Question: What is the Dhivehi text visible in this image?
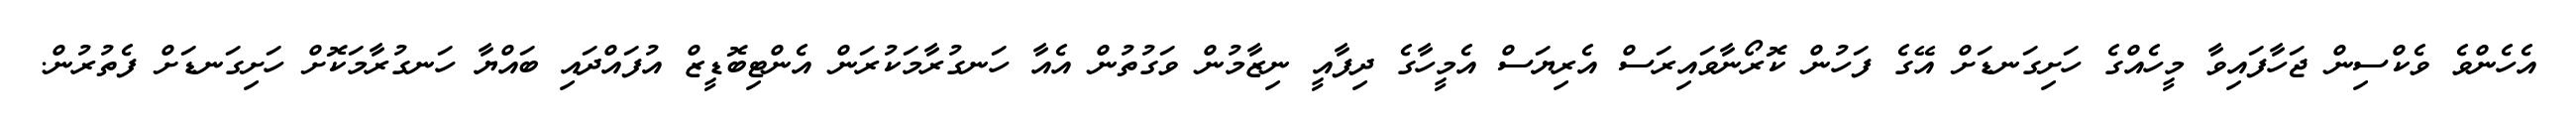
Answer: އެހެންވެ ވެކްސިން ޖަހާފައިވާ މީހެއްގެ ހަށިގަނޑަށް އޭގެ ފަހުން ކޮރޯނާވައިރަސް އެރިޔަސް އެމީހާގެ ދިފާއީ ނިޒާމުން ވަގުތުން އެއާ ހަނގުރާމަކުރަން އެންޓިބޮޑީޒް އުފައްދައި ބައްޔާ ހަނގުރާމަކޮށް ހަށިގަނޑަށް ފެތުރުން.